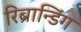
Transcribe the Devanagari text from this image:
रिब्रान्डिंग